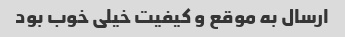
ارسال به موقع و کیفیت خیلی خوب بود